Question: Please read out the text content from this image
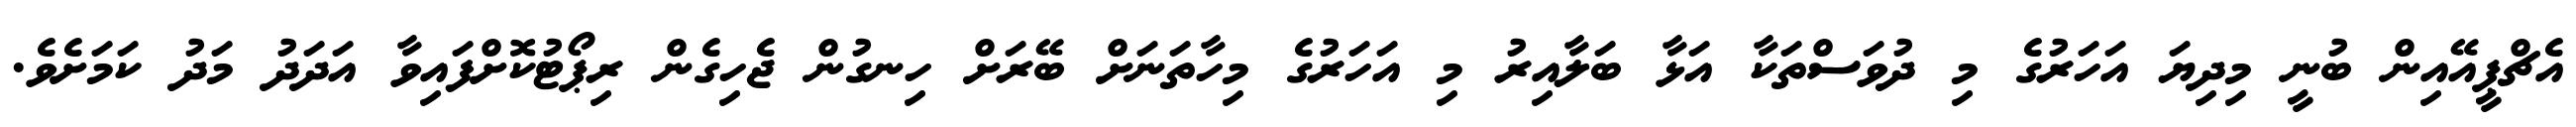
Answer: އެޗްޕީއޭއިން ބުނީ މިދިޔަ އަހަރުގެ މި ދުވަސްތަކާ އަޅާ ބަލާއިރު މި އަހަރުގެ މިހާތަނަށް ބޭރަށް ހިނގުން ޖެހިގެން ރިޕޯޓުކޮށްފައިވާ އަދަދު މަދު ކަމަށެވެ.